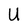
Character: U